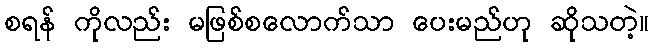
စရန် ကိုလည်း မဖြစ်စလောက်သာ ပေးမည်ဟု ဆိုသတဲ့။